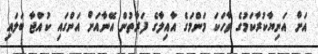
އަށް އަނިޔާކުރާކަމުގެ ވާހަކަ މަންމަގެ އާއިލާގެ ފަރާތުން އޭނާއަށް އަންގައި ކުއްޖާ ބަލައި